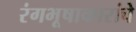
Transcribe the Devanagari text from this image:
रंगभूषाकारांचे